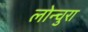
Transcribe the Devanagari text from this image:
लोन्चुरा